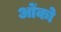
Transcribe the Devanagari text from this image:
ओंको